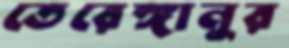
তেরেঙ্গানুর